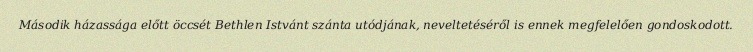
Második házassága előtt öccsét Bethlen Istvánt szánta utódjának, neveltetéséről is ennek megfelelően gondoskodott.